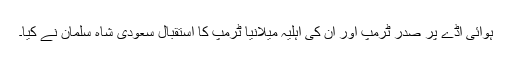
ہوائی اڈے پر صدر ٹرمپ اور ان کی اہلیہ میلانیا ٹرمپ کا استقبال سعودی شاہ سلمان نے کیا۔